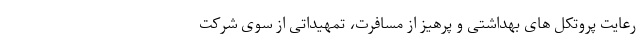
رعایت پروتکل های بهداشتی و پرهیز از مسافرت، تمهیداتی از سوی شرکت